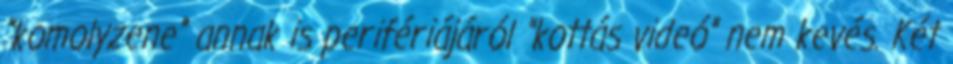
"komolyzene" annak is perifériájáról "kottás videó" nem kevés. Két